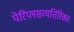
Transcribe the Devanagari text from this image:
पेरिप्लसव्यतिरिक्त